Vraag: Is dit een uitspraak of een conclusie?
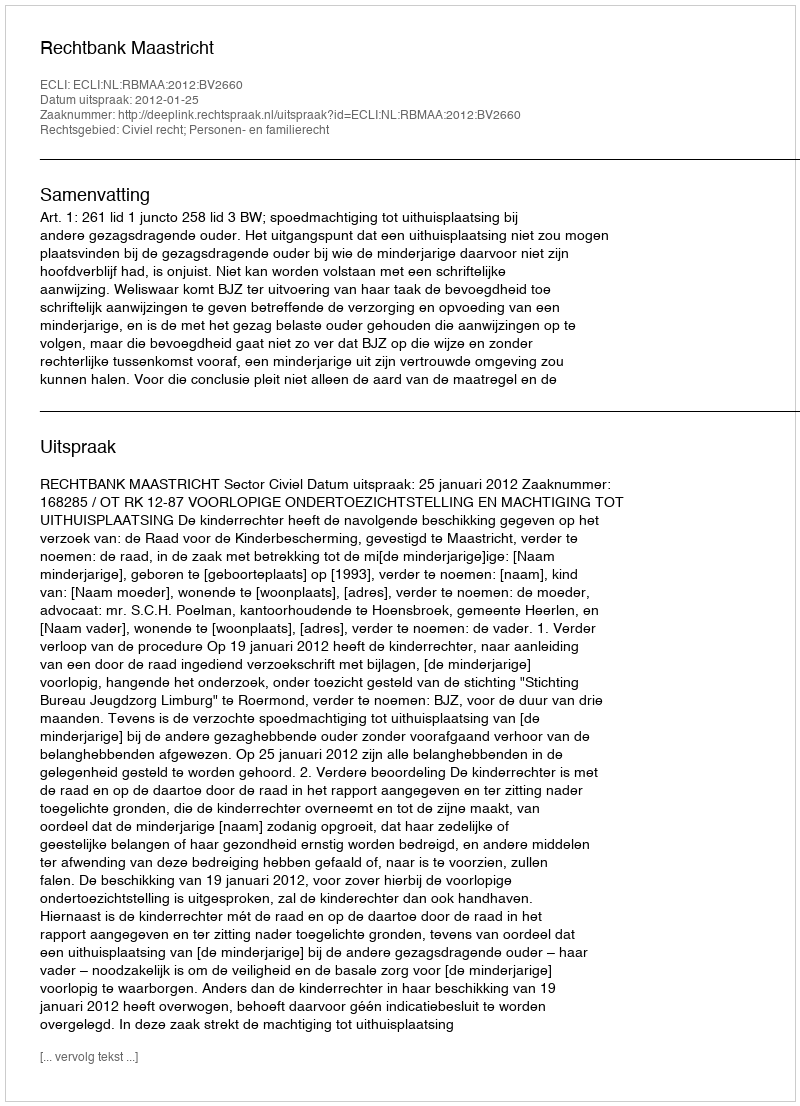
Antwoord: Uitspraak